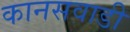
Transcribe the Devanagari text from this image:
कानसवाडी